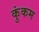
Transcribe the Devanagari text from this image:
कुंकम